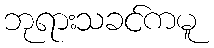
ဘုရားသခင်ကမူ